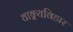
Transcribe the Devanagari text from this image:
वाङ्मयविहार